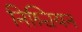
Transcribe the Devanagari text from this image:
निश्चियन